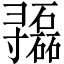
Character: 𫴷